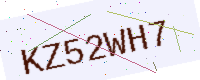
Text: KZ52WH7